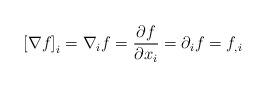
LaTeX: \begin{align*}\left[\nabla f\right]_{i}=\nabla_{i}f=\frac{\partial f}{\partial x_{i}}=\partial_{i}f=f_{,i}\end{align*}